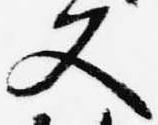
又